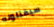
سيقتلونه